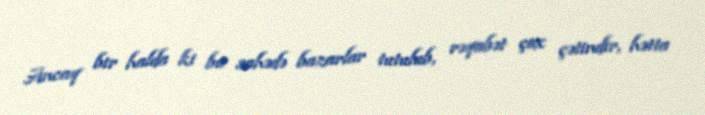
Ancaq bir halda ki bu sahədə bazarlar tutulub, rəqabət çox çətindir, hətta